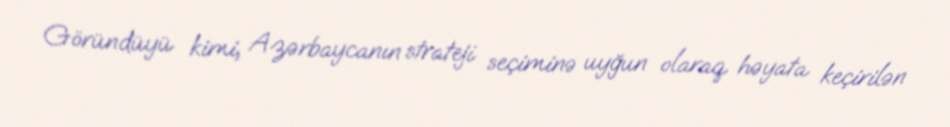
Göründüyü kimi, Azərbaycanın strateji seçiminə uyğun olaraq həyata keçirilən